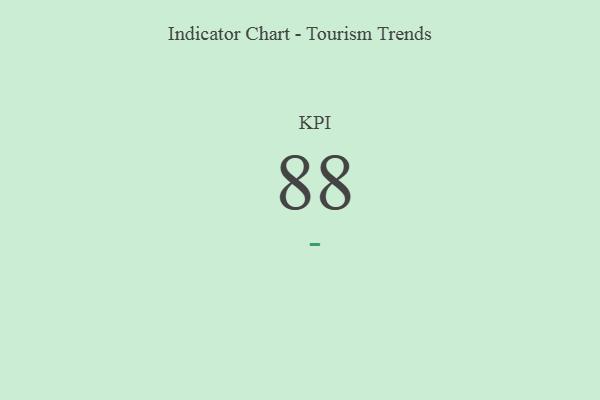
{"axis": {"x": "KPI", "y": "Value"}, "legend": [""], "data": [{"x": "KPI", "y": 88, "type": ""}]}